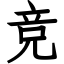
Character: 竞